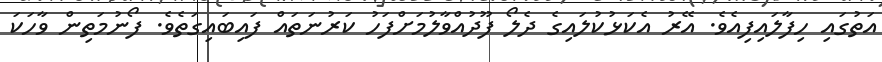
އަތުގައި ހިފާލައިފިއެވެ. އޭރު އެކަޅުކުލައިގެ ދެލޯ ފޫދުއްވާލުމަށްފަހު ކަރުނަތައް ފައިބައިގަތެވެ. ފޯނުމަތިން ވާހަކަ